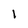
Character: 1